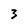
Character: 3